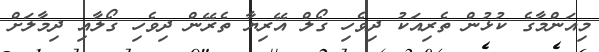
މިއަންމާގެ ކުޅުން ތެރިއަކު ދިވެހި ގޯލް އޭރިޔާ ތެރޭން ދިވެހި ގޯލާއި ދިމާލަށް